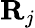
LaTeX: {\mathbf R}_{j}